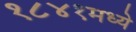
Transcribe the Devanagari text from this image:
१८४१मध्ये